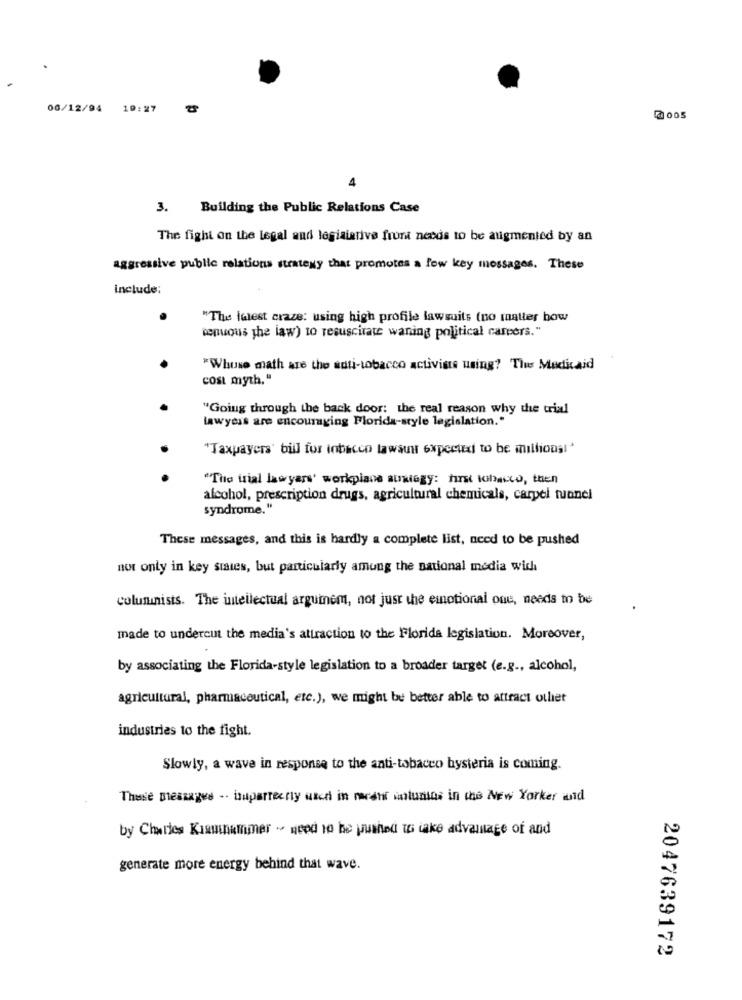
06/12/94 19:27
3. Building the Public Relations Case
The fight on the legal and legislative fron needs to be augmented by an
aggressive public relations strategy that promotes a few key messages. These
include:
"The latest craze: using high profile lawsuits (no matter how
tenuous the law) to resuscitate waning political careers."
*Whose math are the anti-tobacco activists using? The Medicaid
cost myth."
"Going through the back door: the real reason why the trial
lawyers are encouraging Florida-style legislation."
"Taxpayers' bill for inbecco lawsuit expected to be millionsl'
"The trial lawyers' workplace stingy: first whato, then
alcohol, prescription drugs, agricultural chemicals, carpel tunnel
syndrome."
These messages, and this is hardly a complete list, need to be pushed
not only in key states, but particularly amung the national media wich
columnists. The intellectual argumnem, not just the emotional one, needs to be
made to undercut the media's attraction to the Florida legislation. Moreover,
by associating the Florida-style legislation to a broader target (e.g ., alcohol,
agricultural, pharmaceutical, etc.), we might be better able to attract oulet
industries to the fight.
Slowly, a wave in response to the anti-tobacco hysteria is coming.
These messages .. isuperceny weer in marehr antuntos in the New Yorker and
by Charles Kiaminummer - need to be pushed t take advantage of and
generate more energy behind that wave.
2047639172